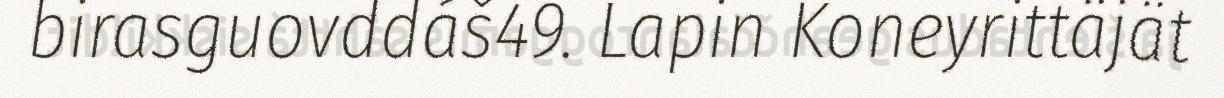
birasguovddáš49. Lapin Koneyrittäjät